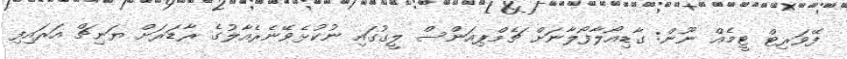
ފޭވަރިޓް ޓީމެއް ނޫން: ގާޑިއޯލާފޯލާނަށް ޗެމްޕިއަންސް ލީގުގައި ނުކުޅެވޭނެރެއާލުގެ ރާޑަރަށް ޔަނިޗް އަރައިފި